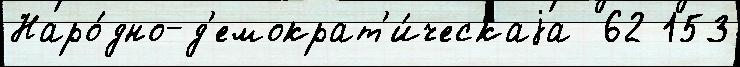
Наро́дно-д'емократ'и́ческаjа  62 153